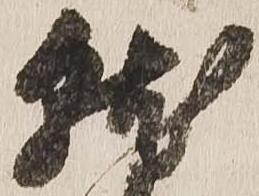
就